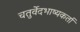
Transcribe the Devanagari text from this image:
चतुर्वेदभाष्यकर्ता